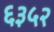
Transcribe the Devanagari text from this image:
६३५२